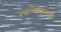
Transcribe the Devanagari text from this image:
मवाल्यासारखी